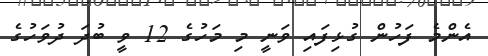
އެންމެ ފަހުން ގުޅިފައި ވަނީ މި މަހުގެ 12 ވީ ބުދަ ދުވަހުގެ